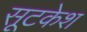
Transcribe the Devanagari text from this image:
सूटकेश